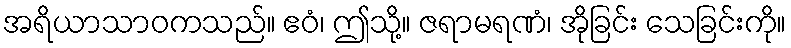
အရိယာသာဝကသည်။ ဧဝံ၊ ဤသို့။ ဇရာမရဏံ၊ အိုခြင်း သေခြင်းကို။